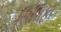
સિલિકો